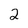
Character: 2